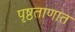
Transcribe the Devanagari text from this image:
पृष्ठताणात